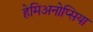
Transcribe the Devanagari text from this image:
हेमिअनोप्सिया